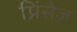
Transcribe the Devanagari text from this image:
प्रिंसेज़